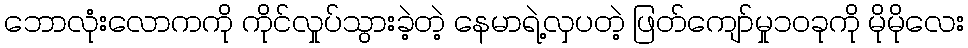
ဘောလုံးလောကကို ကိုင်လှုပ်သွားခဲ့တဲ့ နေမာရဲ့လှပတဲ့ ဖြတ်ကျော်မှု၁၀ခုကို မိုမိုလေး